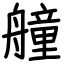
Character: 艟